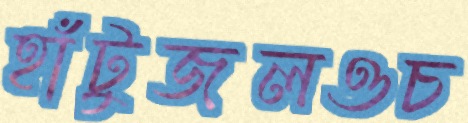
হাঁটুজলওচ